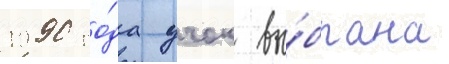
1990 го́да учок вы́брана